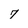
Character: 7